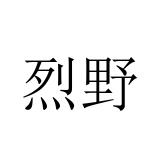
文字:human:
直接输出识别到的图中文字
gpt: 烈野